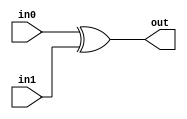
module coreir_xor #(
    parameter width = 1
) (
    input [width-1:0] in0,
    input [width-1:0] in1,
    output [width-1:0] out
);
  assign out = in0 ^ in1;
endmodule

module xor4_wrapped (
    input [3:0] I0,
    input [3:0] I1,
    output [3:0] O
);
wire [3:0] xor4_inst0_out;
coreir_xor #(
    .width(4)
) xor4_inst0 (
    .in0(I0),
    .in1(I1),
    .out(xor4_inst0_out)
);
assign O = xor4_inst0_out;
endmodule